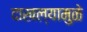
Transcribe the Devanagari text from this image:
दाखल्यामुळे